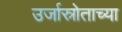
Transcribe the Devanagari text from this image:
उर्जास्रोताच्या